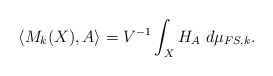
\begin{align*} \langle M_{k}(X),A\rangle = V^{-1} \int_{X} H_{A}\ d\mu_{FS,k}. \end{align*}